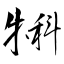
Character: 犐